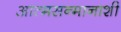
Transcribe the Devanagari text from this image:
आत्मसन्मानाशी